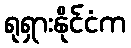
ရုရှားနိုင်ငံက